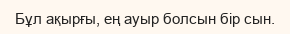
Бұл ақырғы, ең ауыр болсын бір сын.